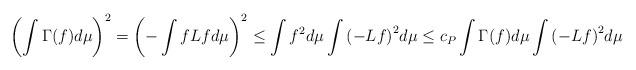
LaTeX: \begin{align*} {\left(\int \Gamma(f) d\mu\right)}^2 = {\left(-\int f L f d\mu\right)}^2 \leq \int f^2 d\mu \int {(-Lf)}^2 d\mu \leq c_P \int \Gamma(f) d\mu \int {(-Lf)}^2 d\mu \end{align*}